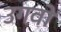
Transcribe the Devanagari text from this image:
उगवो